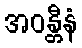
အဝန္တီနံ